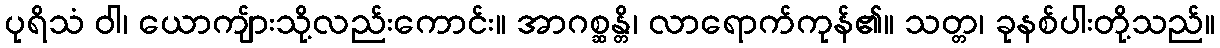
ပုရိသံ ဝါ၊ ယောကျ်ားသို့လည်းကောင်း။ အာဂစ္ဆန္တိ၊ လာရောက်ကုန်၏။ သတ္တ၊ ခုနစ်ပါးတို့သည်။